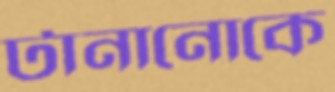
টানানোকে